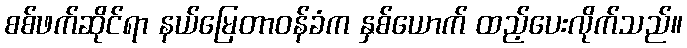
စစ်ဖက်ဆိုင်ရာ နယ်မြေတာဝန်ခံက နှစ်ယောက် ထည့်ပေးလိုက်သည်။